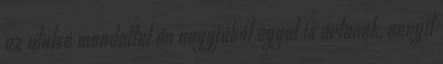
az utolsó mondattal én nagyjából egyet is értenék, annyit